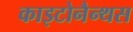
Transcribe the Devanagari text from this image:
काइटोनैन्थस